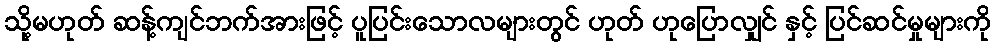
သို့မဟုတ် ဆန့်ကျင်ဘက်အားဖြင့် ပူပြင်းသောလများတွင် ဟုတ် ဟုပြောလျှင် နှင့် ပြင်ဆင်မှုများကို